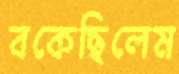
বকেছিলেম